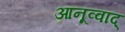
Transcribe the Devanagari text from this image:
आनूव्वाद्